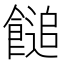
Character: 䭔